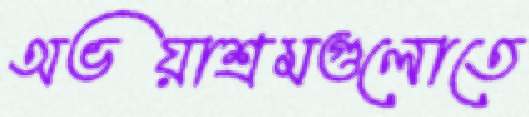
অভয়াশ্রমগুলোতে